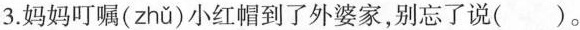
3. 妈妈叮嘱(zhǔ )小红帽到了外婆家，别忘了说( )。